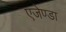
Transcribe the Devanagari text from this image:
एजेण्‍डा